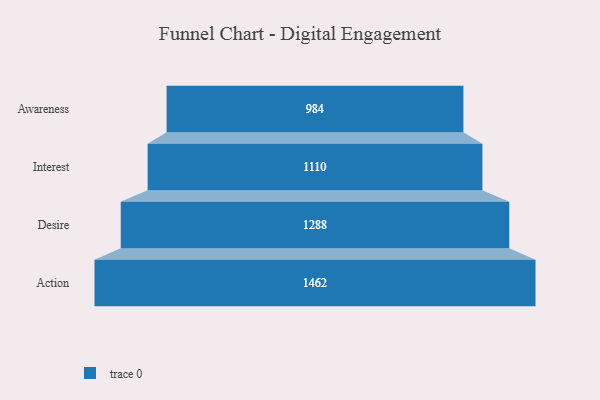
{"axis": {"x": "Stage", "y": "Value"}, "legend": [""], "data": [{"x": "Awareness", "y": 984.0, "type": ""}, {"x": "Interest", "y": 1110.0, "type": ""}, {"x": "Desire", "y": 1288.0, "type": ""}, {"x": "Action", "y": 1462.0, "type": ""}]}